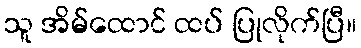
သူ အိမ်ထောင် ထပ် ပြုလိုက်ပြီ။